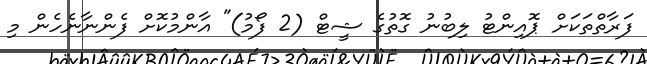
ފަރާތްތަކަށް ޕޮއިންޓު ލިބުނު ގޮތުގެ ޝީޓް (2 ފޯމު)" އާންމުކޮށް ފެންނާނެހެން މި